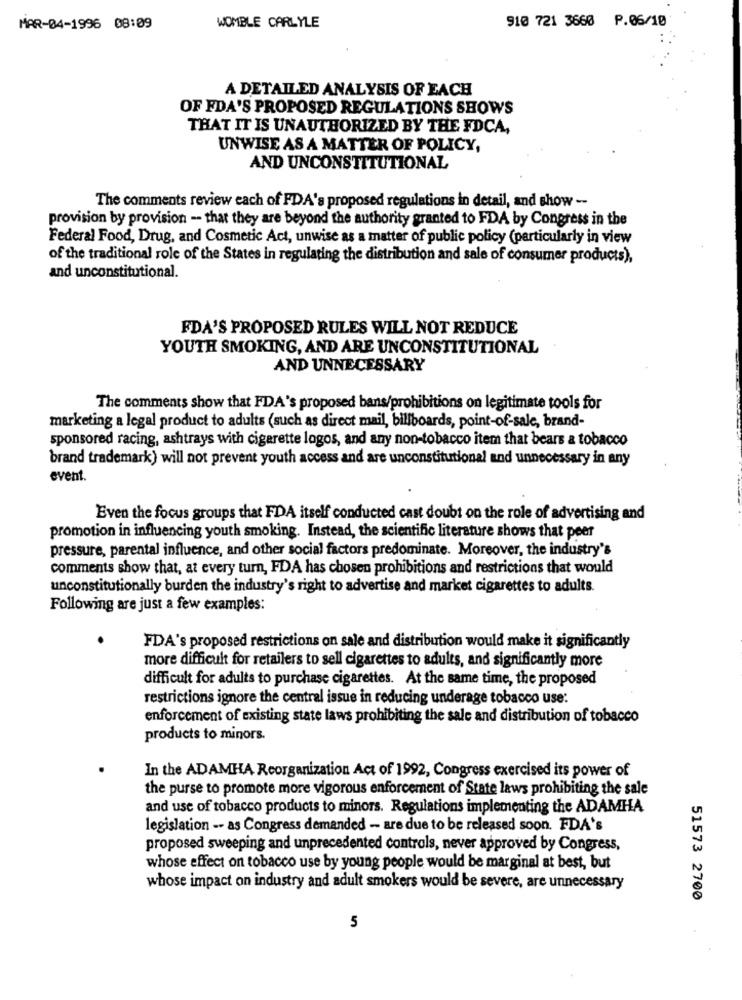
910 721 3660 P.06/10
MAR-04-1996 08:09
WOMBLE CARLYLE
A DETAILED ANALYSIS OF EACH
OF FDA'S PROPOSED REGULATIONS SHOWS
THAT IT IS UNAUTHORIZED BY THE FDCA,
UNWISE AS A MATTER OF POLICY,
AND UNCONSTITUTIONAL
The comments review each of FDA's proposed regulations in detail, and show --
provision by provision -- that they are beyond the authority granted to FDA by Congress in the
Federal Food, Drug, and Cosmetic Act, unwise as a matter of public policy (particularly in view
of the traditional role of the States in regulating the distribution and sale of consumer products),
and unconstitutional.
FDA'S PROPOSED RULES WILL NOT REDUCE
YOUTH SMOKING, AND ARE UNCONSTITUTIONAL
AND UNNECESSARY
The comments show that FDA's proposed bans/prohibitions on legitimate tools for
marketing a legal product to adults (such as direct mail, billboards, point-of-sale, brand-
sponsored racing, ashtrays with cigarette logos, and any non-tobacco item that bears a tobacco
brand trademark) will not prevent youth access and are unconstitutional and unnecessary in any
event.
Even the focus groups that FDA itself conducted cast doubt on the role of advertising and
promotion in influencing youth smoking. Instead, the scientific literature shows that peer
pressure, parental influence, and other social factors predominate. Moreover, the industry's
comments show that, at every turn, FDA has chosen prohibitions and restrictions that would
unconstitutionally burden the industry's right to advertise and market cigarettes to adults.
Following are just a few examples:
FDA's proposed restrictions on sale and distribution would make it significantly
more difficult for retailers to sell cigarettes to adults, and significantly more
difficult for adults to purchase cigarettes. At the same time, the proposed
restrictions ignore the central issue in reducing underage tobacco use:
enforcement of existing state laws prohibiting the sale and distribution of tobacco
products to minors.
In the ADAMHA Reorganization Act of 1992, Congress exercised its power of
the purse to promote more vigorous enforcement of State laws prohibiting the sale
and use of tobacco products to minors. Regulations implementing the ADAMHA
legislation -- as Congress demanded - are due to be released soon. FDA's
proposed sweeping and unprecedented controls, never approved by Congress,
whose effect on tobacco use by young people would be marginal at best, but
whose impact on industry and adult smokers would be severe, are unnecessary
51573 2700
5